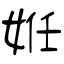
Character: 姙